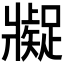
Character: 𱭖